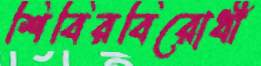
শিবিরবিরোধী